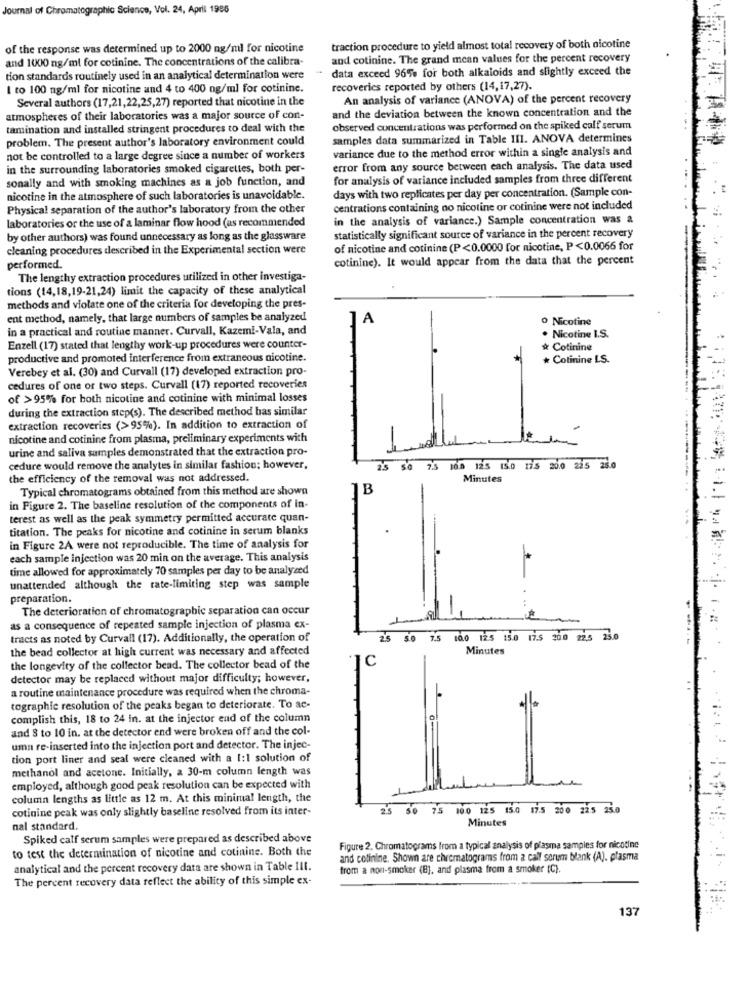
Journal of Chromatographic Science, Vol. 24. April 1986
of the response was determined up to 2000 ng/ml for nicotine
traction procedure to yield almost total recovery of both nicotine
and 1000 ng/ml for cotinine. The concentrations of the calibra-
and cotinine. The grand mean values for the percent recovery
data exceed 96% for both alkaloids and slightly exceed the
tion standards routinely used in an analytical determination were
I to 100 ng/ml for nicotine and 4 to 400 ng/ml for cotinine.
recoveries reported by others (14,17,27).
Several authors (17,21,22,25,27) reported that nicotine in the
An analysis of variance (ANOVA) of the percent recovery
and the deviation between the known concentration and the
atmospheres of their laboratories was a major source of con-
tamination and installed stringent procedures to deal with the
observed concentrations was performed on the spiked calf serum
problem. The present author's laboratory environment could
samples data summarized in Table III. ANOVA determines
variance due to the method error within a single analysis and
not be controlled to a large degree since a number of workers
in the surrounding laboratories smoked cigarettes, both per-
error from any source between each analysis. The data used
sonally and with smoking machines as a job function, and
for analysis of variance included samples from three different
days with two replicates per day per concentration. (Sample con-
nicotine in the atmosphere of such laboratories is unavoidable.
Physical separation of the author's laboratory from the other
centrations containing no nicotine or cotinine were not included
laboratories or the use of a laminar flow hood (as recommended
in the analysis of variance.) Sample concentration was a
by other authors) was found unnecessary as long as the glassware
statistically significant source of variance in the percent recovery
cleaning procedures described in the Experimental section were
of nicotine and cotinine (P<0.0000 for nicotine, P<0.0066 for
cotinine). It would appear from the data that the percent
performed.
The lengthy extraction procedures utilized in other investiga-
tions (14,18,19-21,24) limit the capacity of these analytical
methods and violate one of the criteria for developing the pres-
ent method, namely, that large numbers of samples be analyzed
A
o Nicotine
in a practical and routine manner. Curvall, Kazemi-Vala, and
. Nicotine I.S.
Enzell (17) stated that lengthy work-up procedures were counter-
& Cotinine
productive and promoted interference from extraneous nicotine.
* Colinine LS.
Verebey et al. (30) and Curvall (17) developed extraction pro-
cedures of one or two steps. Curvall (17) reported recoveries
of >95% for both nicotine and cotinine with minimal losses
during the extraction step(s). The described method bas similar
extraction recoveries (>95%). In addition to extraction of
nicotine and cotinine from plasma, preliminary experiments with
urine and saliva samples demonstrated that the extraction pro-
cedure would remove the analytes in similar fashion; however,
2.5 50
7.5 100 125 15.0 175 20.0 225 25.0
the efficiency of the removal was not addressed.
Minutes
Typical chromatograms obtained from this method are shown
B
in Figure 2. The baseline resolution of the components of in-
terest as well as the peak symmetry permitted accurate quan-
titation. The peaks for nicotine and cotinine in serum blanks
in Figure 2A were not reproducible. The time of analysis for
each sample injection was 20 min on the average. This analysis
time allowed for approximately 70 samples per day to be analyzed
unattended although the rate-limiting step was sample
preparation.
The deterioration of chromatographic separation can occur
as a consequence of repeated sample injection of plasma ex-
tracts as noted by Curvall (17). Additionally, the operation of
10.0 12.5 15.0 17.5 20.0 22.5 25.0
the bead collector at high current was necessary and affected
Minutes
C
the longevity of the collector bead. The collector bead of the
detector may be replaced without major difficulty; however,
a routine maintenance procedure was required when the chroma-
tographic resolution of the peaks began to deteriorate. To ac-
complish this, 18 to 24 in. at the injector end of the column
and 8 to 10 in. at the detector end were broken off and the col-
uma re-inserted into the injection port and detector. The injec-
tion port liner and seal were cleaned with a 1:1 solution of
methanol and acetone. Initially, a 30-m column length was
employed, although good peak resolution can be expected with
column lengths as little as 12 m. At this minimal length, the
cotinine peak was only slightly baseline resolved from its inter-
25
50
75
100 125 15.0 17.5 200 22.5 25.0
Minutes
nal standard.
Spiked calf serum samples were prepared as described above
to test the determination of nicotine and cotinine. Both the
Figure 2. Chromatograms from a typical analysis of plasma samples for nicotine
and cotinine. Shown are chromatograms from a call sorum blank (A). plasma
analytical and the percent recovery data are shown in Table Ill.
from a non-smoker (B), and plasma from a smoker [C).
is
The percent recovery data reflect the ability of this simple ex-
137